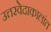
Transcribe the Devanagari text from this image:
उत्तरवेदाकालांत